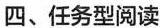
四、任务型阅读